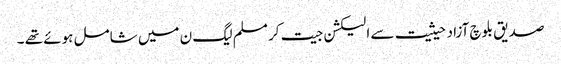
صدیق بلوچ آزاد حیثیت سے الیکشن جیت کر مسلم لیگ ن میں شامل ہوئے تھے ۔